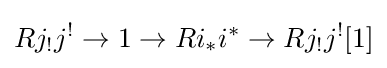
Rj_{!}j^{!}\to 1\to Ri_{*}i^{*}\to Rj_{!}j^{!}[1]